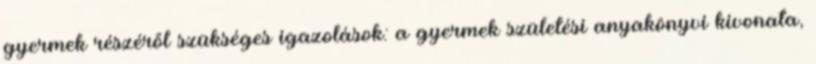
gyermek részéről szükséges igazolások: a gyermek születési anyakönyvi kivonata,